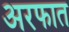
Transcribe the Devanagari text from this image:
अरफात